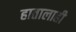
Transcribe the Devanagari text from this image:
हातालाही